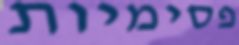
פסימיות